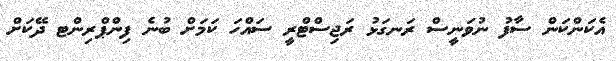
އެކަންކަން ސާފު ނުވަނީސް ރަނގަޅު ރަޖިސްޓްރީ ސައްހަ ކަމަށް ބުނެ ފިންޕްރިންޓ ދޭކަށް